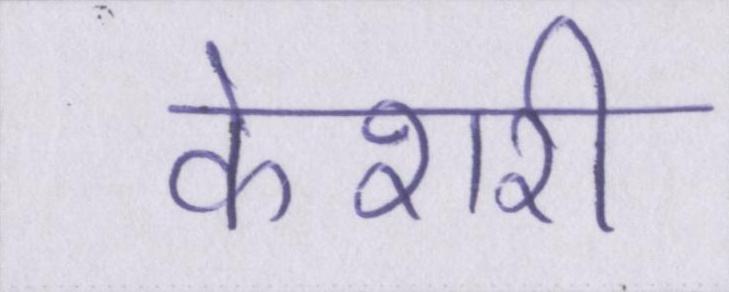
केशरी